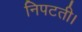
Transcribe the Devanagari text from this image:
निपटती।